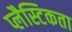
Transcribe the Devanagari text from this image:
प्लैस्टिकता